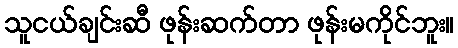
သူငယ်ချင်းဆီ ဖုန်းဆက်တာ ဖုန်းမကိုင်ဘူး။